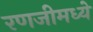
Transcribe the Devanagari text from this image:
रणजीमध्ये